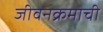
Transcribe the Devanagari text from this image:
जीवनक्रमाची